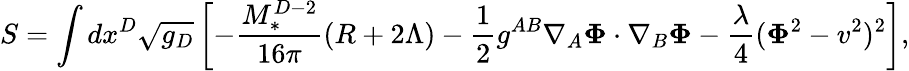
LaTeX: S=\int dx^{D}\sqrt{g_{D}}\left[-\frac{M_{*}^{D-2}}{16\pi}(R+2\Lambda)-\frac 12g^{AB}\nabla_{A}{\mathbf\Phi}\cdot\nabla_{B}{\mathbf\Phi}-\frac{\lambda}{4}({\mathbf\Phi}^{2}-v^{2})^{2}\right],